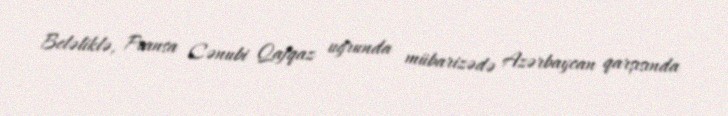
Beləliklə, Fransa Cənubi Qafqaz uğrunda mübarizədə Azərbaycan qarşısında